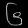
Digit: ၆